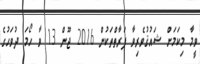
ވީމާ މިކަމަށް ޝައުޤުވެރިވާ ފަރާތްތަކުން 2016 ޖޫން 13 ވާ ހޯމަ ދުވަހުގެ